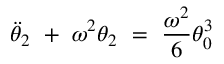
\Ddot { \theta } _ { 2 } \ + \ \omega ^ { 2 } \theta _ { 2 } \ = \ \frac { \omega ^ { 2 } } { 6 } \theta _ { 0 } ^ { 3 }